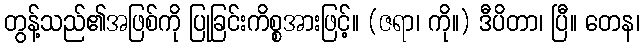
တွန့်သည်၏အဖြစ်ကို ပြုခြင်းကိစ္စအားဖြင့်။ (ဇရာ၊ ကို။) ဒီပိတာ၊ ပြီ။ တေန၊